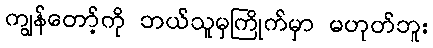
ကျွန်တော့်ကို ဘယ်သူမှကြိုက်မှာ မဟုတ်ဘူး